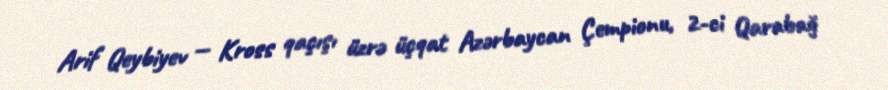
Arif Qeybiyev — Kross qaçışı üzrə üçqat Azərbaycan Çempionu, 2-ci Qarabağ